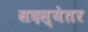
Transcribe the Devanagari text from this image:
सदस्येतर